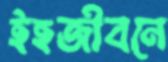
ইহজীবনে